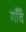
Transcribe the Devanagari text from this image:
गाँँव